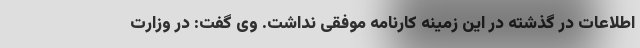
اطلاعات در گذشته در این زمینه کارنامه موفقی نداشت. وی گفت: در وزارت